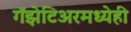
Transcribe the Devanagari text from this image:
गॅझेटिअरमध्येही